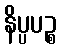
နိပ္ပပဉ္စ